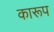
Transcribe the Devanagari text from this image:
कारूप